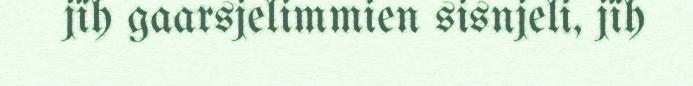
jïh gaarsjelimmien sisnjeli, jïh